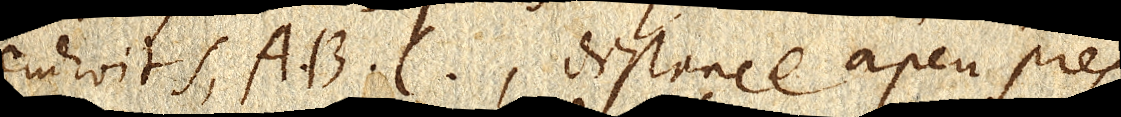
endroits, A. B. C., distance à peu pres